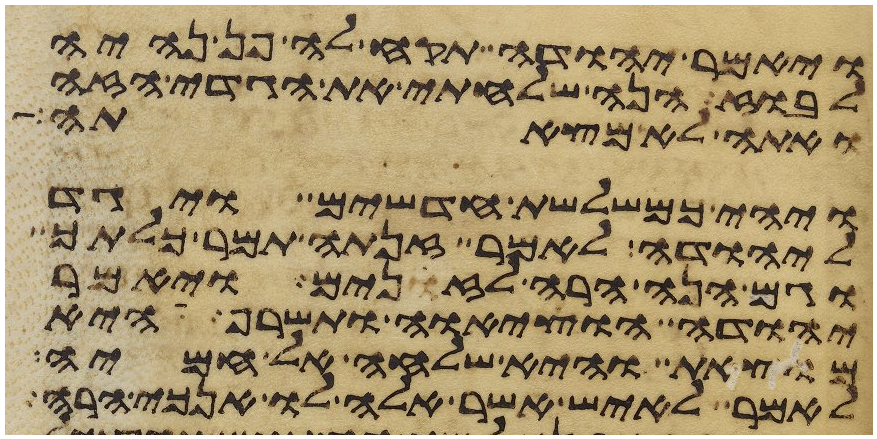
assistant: ויאמר יהודה תקח לה פן נהיה
לבוז הנה שלחתי את הגדי הזה
ואתה לא מצאתה
ויהי כמשלשת חדשים ויגד
ליהודה לאמר זנתה תמר כלתך
וגם הנה הרה לזנים ויאמר
יהודה הוציאה ותשרף היא
מוצאת והיא שלחה אל חמיה
לאמר לאיש אשר אלה לו אנכי הרה